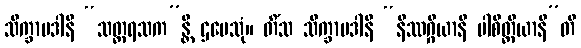
သိက္ခာပဒါနိ “သတ္တရသက”န္တိ ဌပေသုံ။ တိံသ သိက္ခာပဒါနိ “နိဿဂ္ဂိယာနိ ပါစိတ္တိယာနီ”တိ